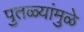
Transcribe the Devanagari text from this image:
पुतळ्यांमुळे